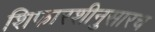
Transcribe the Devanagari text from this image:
शिफारशीनुसारच